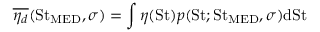
\overline { { \eta _ { d } } } ( \mathrm { S t } _ { \mathrm { M E D } } , \sigma ) = \int \eta ( \mathrm { S t } ) p ( \mathrm { S t } ; \mathrm { S t } _ { \mathrm { M E D } } , \sigma ) \mathrm { d S t }